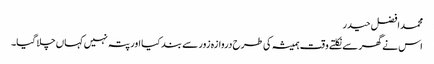
محمد افضل حیدر
اس نے گھر سے نکلتے وقت ہمیشہ کی طرح دروازہ زور سے بند کیا اور پتہ نہیں کہاں چلا گیا۔